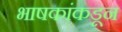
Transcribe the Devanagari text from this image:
भाषकांकडून